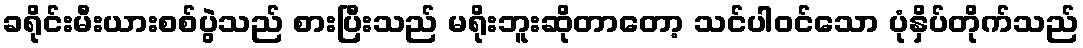
ခရိုင်းမီးယားစစ်ပွဲသည် စားပြီးသည် မရိုးဘူးဆိုတာတော့ သင်ပါဝင်သော ပုံနှိပ်တိုက်သည်